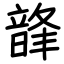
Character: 韸